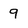
Character: 9